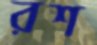
রশ